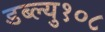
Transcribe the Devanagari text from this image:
डब्ल्यु१०८